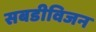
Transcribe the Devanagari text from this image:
सबडीविजन